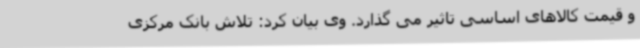
و قیمت کالاهای اساسی تاثیر می گذارد. وی بیان کرد: تلاش بانک مرکزی